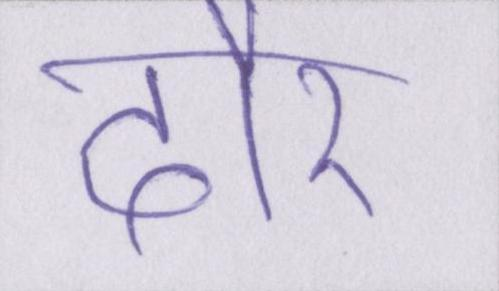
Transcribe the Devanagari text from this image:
दौर